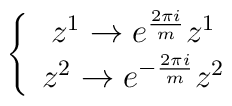
\left\{ \begin{array}{c}z^{1}\rightarrow e^{\frac{2\pi i}{m}}z^{1} \\ z^{2}\rightarrow e^{-\frac{2\pi i}{m}}z^{2}\end{array}\right.